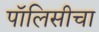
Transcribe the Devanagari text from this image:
पॉलिसीचा